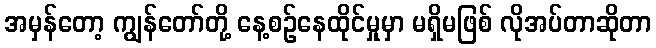
အမှန်တော့ ကျွန်တော်တို့ နေ့စဉ်နေထိုင်မှုမှာ မရှိမဖြစ် လိုအပ်တာဆိုတာ